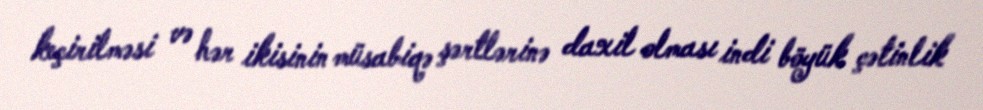
keçirilməsi və hər ikisinin müsabiqə şərtlərinə daxil olması indi böyük çətinlik